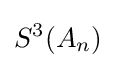
S^{3}(A_{n})